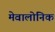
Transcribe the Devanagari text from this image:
मेवालोनिक